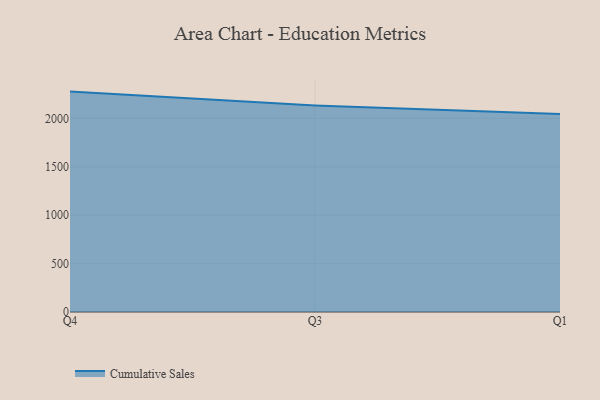
{"axis": {"x": "Quarter", "y": "Production Output"}, "legend": ["Cumulative Sales"], "data": [{"x": "Q4", "y": 2276.6, "type": "Cumulative Sales"}, {"x": "Q3", "y": 2132.9, "type": "Cumulative Sales"}, {"x": "Q1", "y": 2044.0, "type": "Cumulative Sales"}]}